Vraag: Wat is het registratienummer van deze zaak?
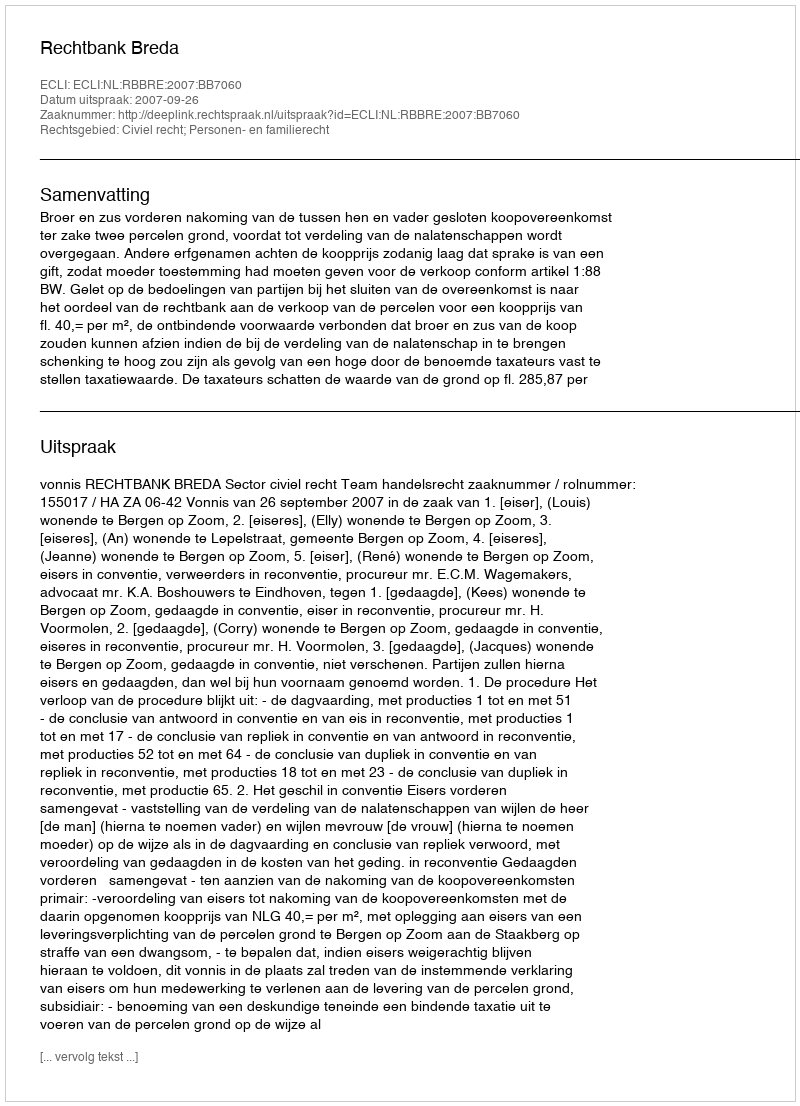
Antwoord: http://deeplink.rechtspraak.nl/uitspraak?id=ECLI:NL:RBBRE:2007:BB7060